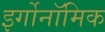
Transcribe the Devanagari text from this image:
इर्गोनॉमिक